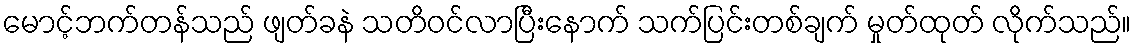
မောင့်ဘက်တန်သည် ဖျတ်ခနဲ သတိဝင်လာပြီးနောက် သက်ပြင်းတစ်ချက် မှုတ်ထုတ် လိုက်သည်။